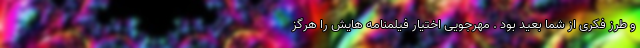
و طرز فکری از شما بعید بود . مهرجویی اختیار فیلمنامه هایش را هرگز